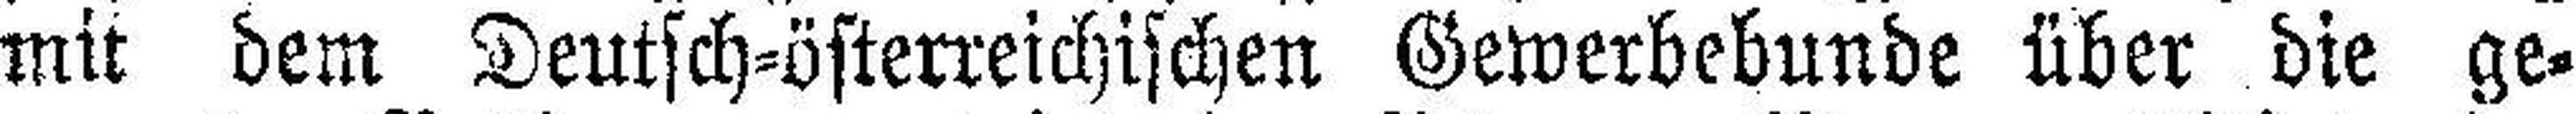
mit dem Deutsch=österreichischen Gewerbebunde über die ge¬